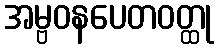
အမ္ဗဝနပေတဝတ္ထု